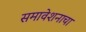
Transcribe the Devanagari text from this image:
समावेशनाचा